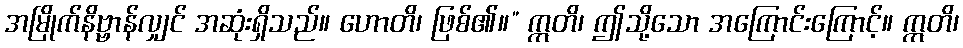
အမြိုက်နိဗ္ဗာန်လျှင် အဆုံးရှိသည်။ ဟောတိ၊ ဖြစ်၏။” ဣတိ၊ ဤသို့သော အကြောင်းကြောင့်။ ဣတိ၊